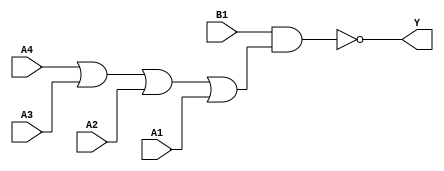
module sky130_fd_sc_lp__o41ai (
    Y ,
    A1,
    A2,
    A3,
    A4,
    B1
);

    // Module ports
    output Y ;
    input  A1;
    input  A2;
    input  A3;
    input  A4;
    input  B1;

    // Module supplies
    supply1 VPWR;
    supply0 VGND;
    supply1 VPB ;
    supply0 VNB ;

    // Local signals
    wire or0_out    ;
    wire nand0_out_Y;

    //   Name   Output       Other arguments
    or   or0   (or0_out    , A4, A3, A2, A1 );
    nand nand0 (nand0_out_Y, B1, or0_out    );
    buf  buf0  (Y          , nand0_out_Y    );

endmodule